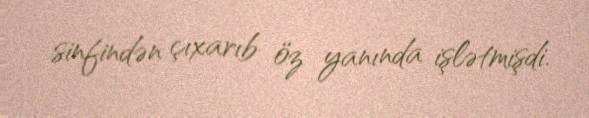
sinfindən çıxarıb öz yanında işlətmişdi.